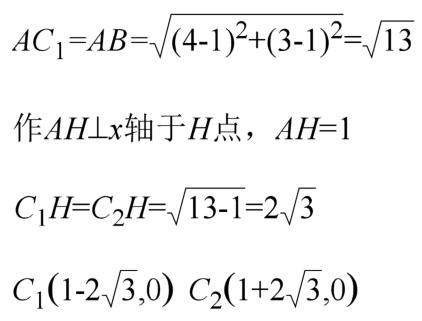
\[
\begin{align*}
AC_1&=AB=\sqrt{(4 - 1)^2+(3 - 1)^2}=\sqrt{13}\\
&\text{作}AH\perp x\text{轴于}H\text{点，}AH = 1\\
C_1H&=C_2H=\sqrt{13 - 1}=2\sqrt{3}\\
C_1(1 - 2\sqrt{3},0)&\ C_2(1 + 2\sqrt{3},0)
\end{align*}
\]